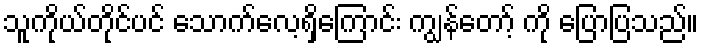
သူကိုယ်တိုင်ပင် သောက်လေ့ရှိကြောင်း ကျွန်တော့် ကို ပြောပြသည်။